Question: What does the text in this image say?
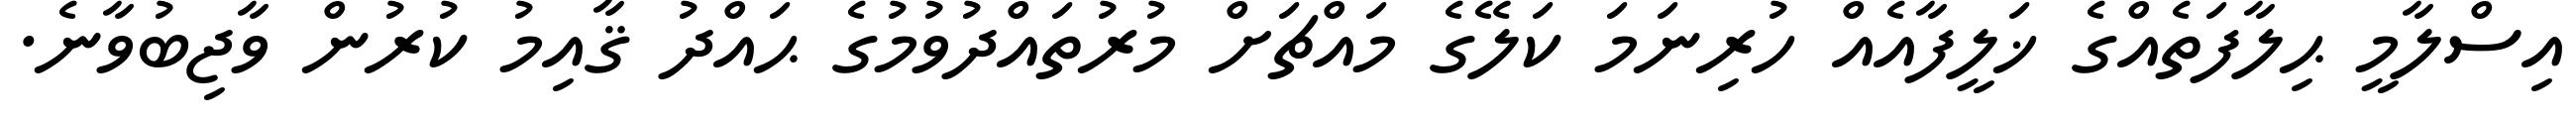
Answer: އިސްލާމީ ޙިލާފަތެއްގެ ޚަލީފާއެއް ހުރިނަމަ ކަލޭގެ މައްޗަށް މުރުތައްދުވުމުގެ ޙައްދު ޤާއިމު ކުރުން ވާޖިބުވާނެ.